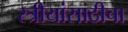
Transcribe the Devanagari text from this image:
स्त्रीयांसाठीचा